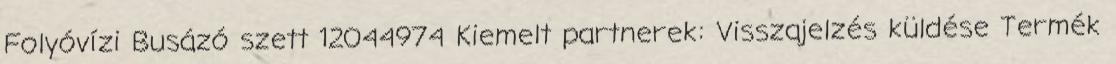
Folyóvízi Busázó szett 12044974 Kiemelt partnerek: Visszajelzés küldése Termék